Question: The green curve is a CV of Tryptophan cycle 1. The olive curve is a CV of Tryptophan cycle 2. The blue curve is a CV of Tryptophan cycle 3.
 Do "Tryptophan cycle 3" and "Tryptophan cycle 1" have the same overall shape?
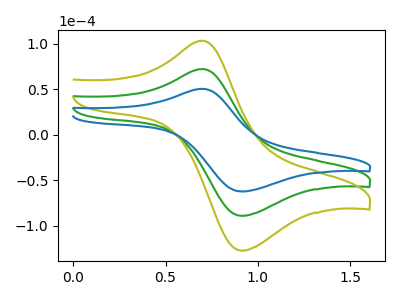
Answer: <think>The green curve "Tryptophan cycle 1" has an anodic peak at (0.70V, 72.35uA) and a cathodic peak at (0.90V, -88.85uA). The olive curve "Tryptophan cycle 2" has an anodic peak at (0.70V, 144.65uA) and a cathodic peak at (0.90V, -177.65uA). The blue curve "Tryptophan cycle 3" has an anodic peak at (0.70V, 50.55uA) and a cathodic peak at (0.90V, -62.10uA).
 All the peaks in "Tryptophan cycle 3" have a peak in "Tryptophan cycle 1" at the same potential. Every peak in "Tryptophan cycle 3" is lower than every peak in "Tryptophan cycle 1".</think>
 <answer>"Tryptophan cycle 3" and "Tryptophan cycle 1" are similar in shape.</answer>
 <eval>same_shape</eval>